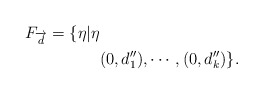
\begin{align*}F_{\overrightarrow{d}}=\{\eta\vert\eta & \\& (0,{d}''_1),\cdots,(0,{d}''_k)\}.\end{align*}